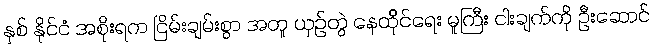
နှစ် နိုင်ငံ အစိုးရက ငြိမ်းချမ်းစွာ အတူ ယှဉ်တွဲ နေထိုင်ရေး မူကြီး ငါးချက်ကို ဦးဆောင်